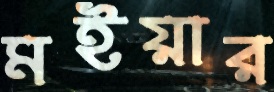
মইয়ার